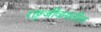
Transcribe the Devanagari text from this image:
राष्ट्रजीवनातील